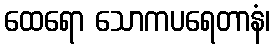
ထေရော သောကပရေတာနံ၊